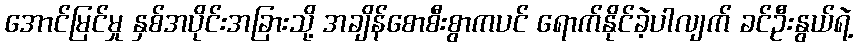
အောင်မြင်မှု နှစ်အပိုင်းအခြားသို့ အချိန်စောစီးစွာကပင် ရောက်နိုင်ခဲ့ပါလျက် ခင်ဦးနွယ်ရဲ့